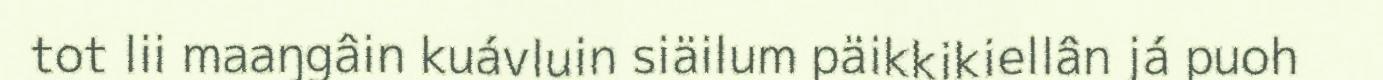
tot lii maaŋgâin kuávluin siäilum päikkikiellân já puoh